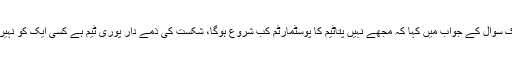
انہوں نے ایک سوال کے جواب میں کہا کہ مجھے نہیں پتاٹیم کا پوسٹمارٹم کب شروع ہوگا، شکست کی ذمے دار پوری ٹیم ہے کسی ایک کو نہیں کہا جاسکتا۔